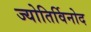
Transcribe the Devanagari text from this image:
ज्योतिर्विनोद